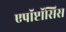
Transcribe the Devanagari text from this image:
एपॉप्टॉसिस